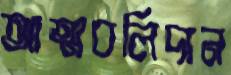
আত্মবলিদান